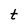
Character: t